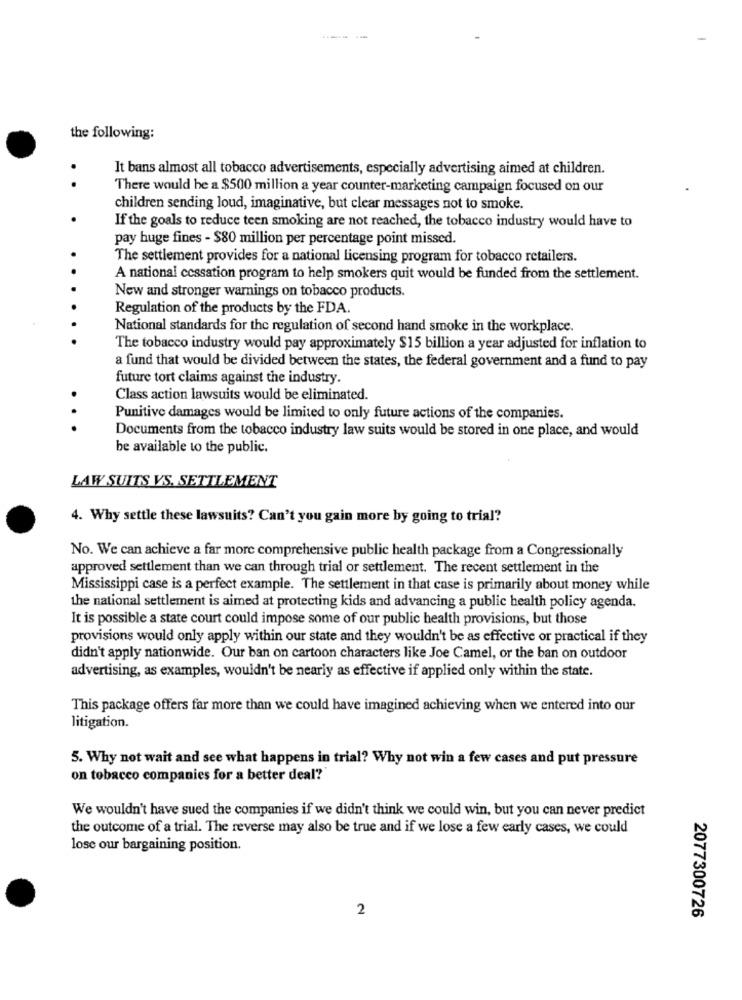
the following:
.
It bans almost all tobacco advertisements, especially advertising aimed at children.
There would be a $500 million a year counter-marketing campaign focused on our
children sending loud, imaginative, but clear messages not to smoke.
If the goals to reduce teen smoking are not reached, the tobacco industry would have to
pay huge fines - $80 million per percentage point missed.
The settlement provides for a national licensing program for tobacco retailers.
A national cessation program to help smokers quit would be funded from the settlement.
New and stronger warnings on tobacco products.
Regulation of the products by the FDA.
National standards for the regulation of second hand smoke in the workplace.
The tobacco industry would pay approximately $15 billion a year adjusted for inflation to
a fund that would be divided between the states, the federal government and a fund to pay
future tort claims against the industry.
Class action lawsuits would be eliminated.
Punitive damages would be limited to only future actions of the companies.
...
Documents from the tobacco industry law suits would be stored in one place, and would
be available to the public.
LAW SUITS VS. SETTLEMENT
4. Why settle these lawsuits? Can't you gain more by going to trial?
No. We can achieve a far more comprehensive public health package from a Congressionally
approved settlement than we can through trial or settlement. The recent settlement in the
Mississippi case is a perfect example. The settlement in that case is primarily about money while
the national settlement is aimed at protecting kids and advancing a public health policy agenda.
It is possible a state court could impose some of our public health provisions, but those
provisions would only apply within our state and they wouldn't be as effective or practical if they
didn't apply nationwide. Our ban on cartoon characters like Joe Camel, or the ban on outdoor
advertising, as examples, wouldn't be nearly as effective if applied only within the state.
This package offers far more than we could have imagined achieving when we entered into our
litigation.
5. Why not wait and see what happens in trial? Why not win a few cases and put pressure
on tobacco companies for a better deal?
We wouldn't have sued the companies if we didn't think we could win, but you can never predict
the outcome of a trial. The reverse may also be true and if we lose a few early cases, we could
lose our bargaining position.
2
2077300726